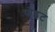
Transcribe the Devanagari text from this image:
पोइट